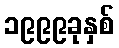
၁၉၉၉ခုနှစ်